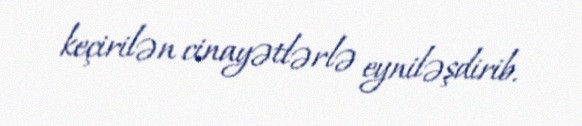
keçirilən cinayətlərlə eyniləşdirib.